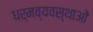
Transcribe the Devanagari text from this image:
धर्मव्यवस्थाओं